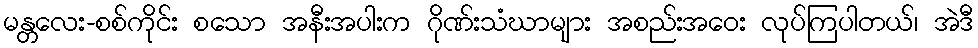
မန္တလေး-စစ်ကိုင်း စသော အနီးအပါးက ဂိုဏ်းသံဃာများ အစည်းအဝေး လုပ်ကြပါတယ်၊ အဲဒီ